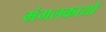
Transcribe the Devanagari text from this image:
मंगलकायाँ